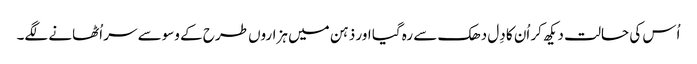
اُس کی حالت دیکھ کر اُن کا دِل دھک سے رہ گیا اور ذہن میں ہزاروں طرح کے وسوسے سر اُٹھانے لگے۔